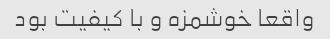
واقعا خوشمزه و با کیفیت بود